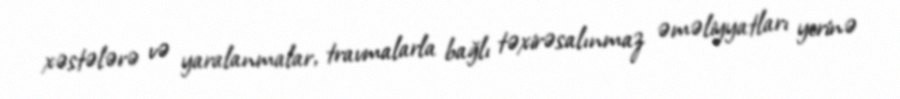
xəstələrə və yaralanmalar, travmalarla bağlı təxirəsalınmaz əməliyyatları yerinə